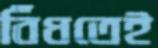
বিঁধতেই